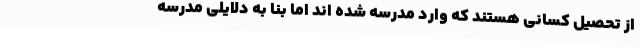
از تحصیل کسانی هستند که وارد مدرسه شده اند اما بنا به دلایلی مدرسه